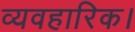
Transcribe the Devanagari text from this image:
व्यवहारिक।